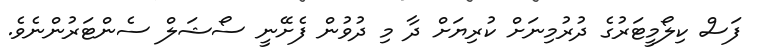
ފަސް ކިލޯމީޓަރުގެ ދުރުމިނަށް ކުރިޔަށް ދާ މި ދުވުން ފެށޭނީ ސޯޝަލް ސެންޓަރުންނެވެ.